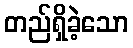
တည်ရှိခဲ့သော